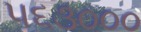
૫૬૩૦૦૦